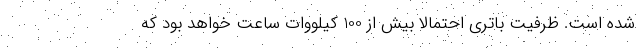
شده است. ظرفیت باتری احتمالا بیش از 100 کیلووات ساعت خواهد بود که